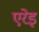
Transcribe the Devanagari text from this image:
एरेइ